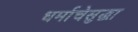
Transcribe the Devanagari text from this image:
धर्माचेसुद्धा